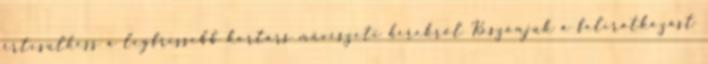
értesülhess a legfrissebb kortárs művészeti hírekről Köszönjük a feliratkozást